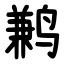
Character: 鹣